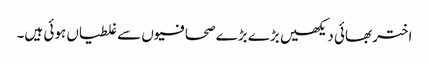
اختر بھائی دیکھیں بڑے بڑے صحافیوں سے غلطیاں ہوئی ہیں۔